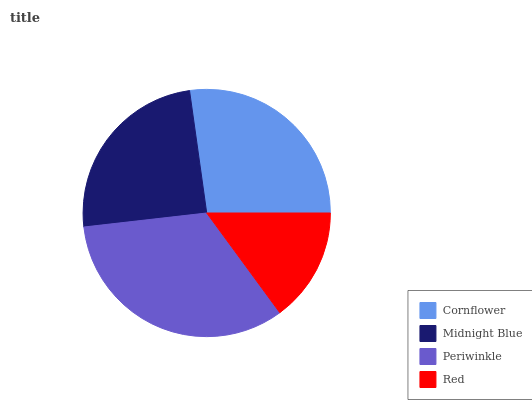
| Cornflower | Midnight Blue | Periwinkle | Red |
 | --- | --- | --- | --- |
 | 27.2% | 24.7% | 33.2% | 14.9% |